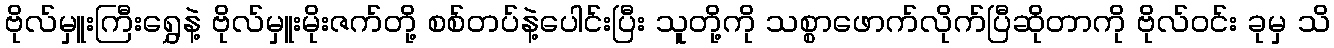
ဗိုလ်မှူးကြီးရွှေနဲ့ ဗိုလ်မှူးမိုးဇက်တို့ စစ်တပ်နဲ့ပေါင်းပြီး သူတို့ကို သစ္စာဖောက်လိုက်ပြီဆိုတာကို ဗိုလ်ဝင်း ခုမှ သိ